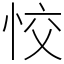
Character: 恔